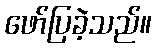
ဖော်ပြခဲ့သည်။